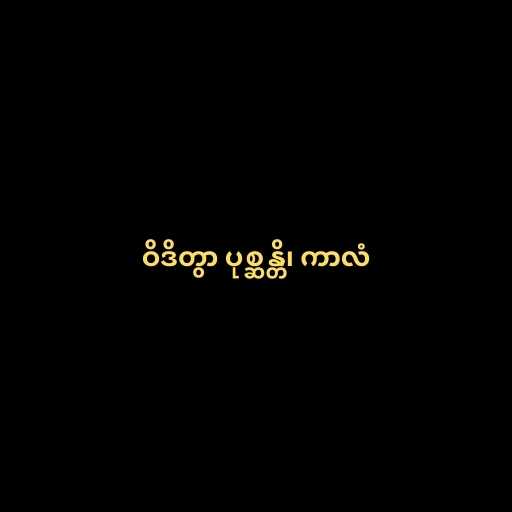
ဝိဒိတွာ ပုစ္ဆန္တိ၊ ကာလံ